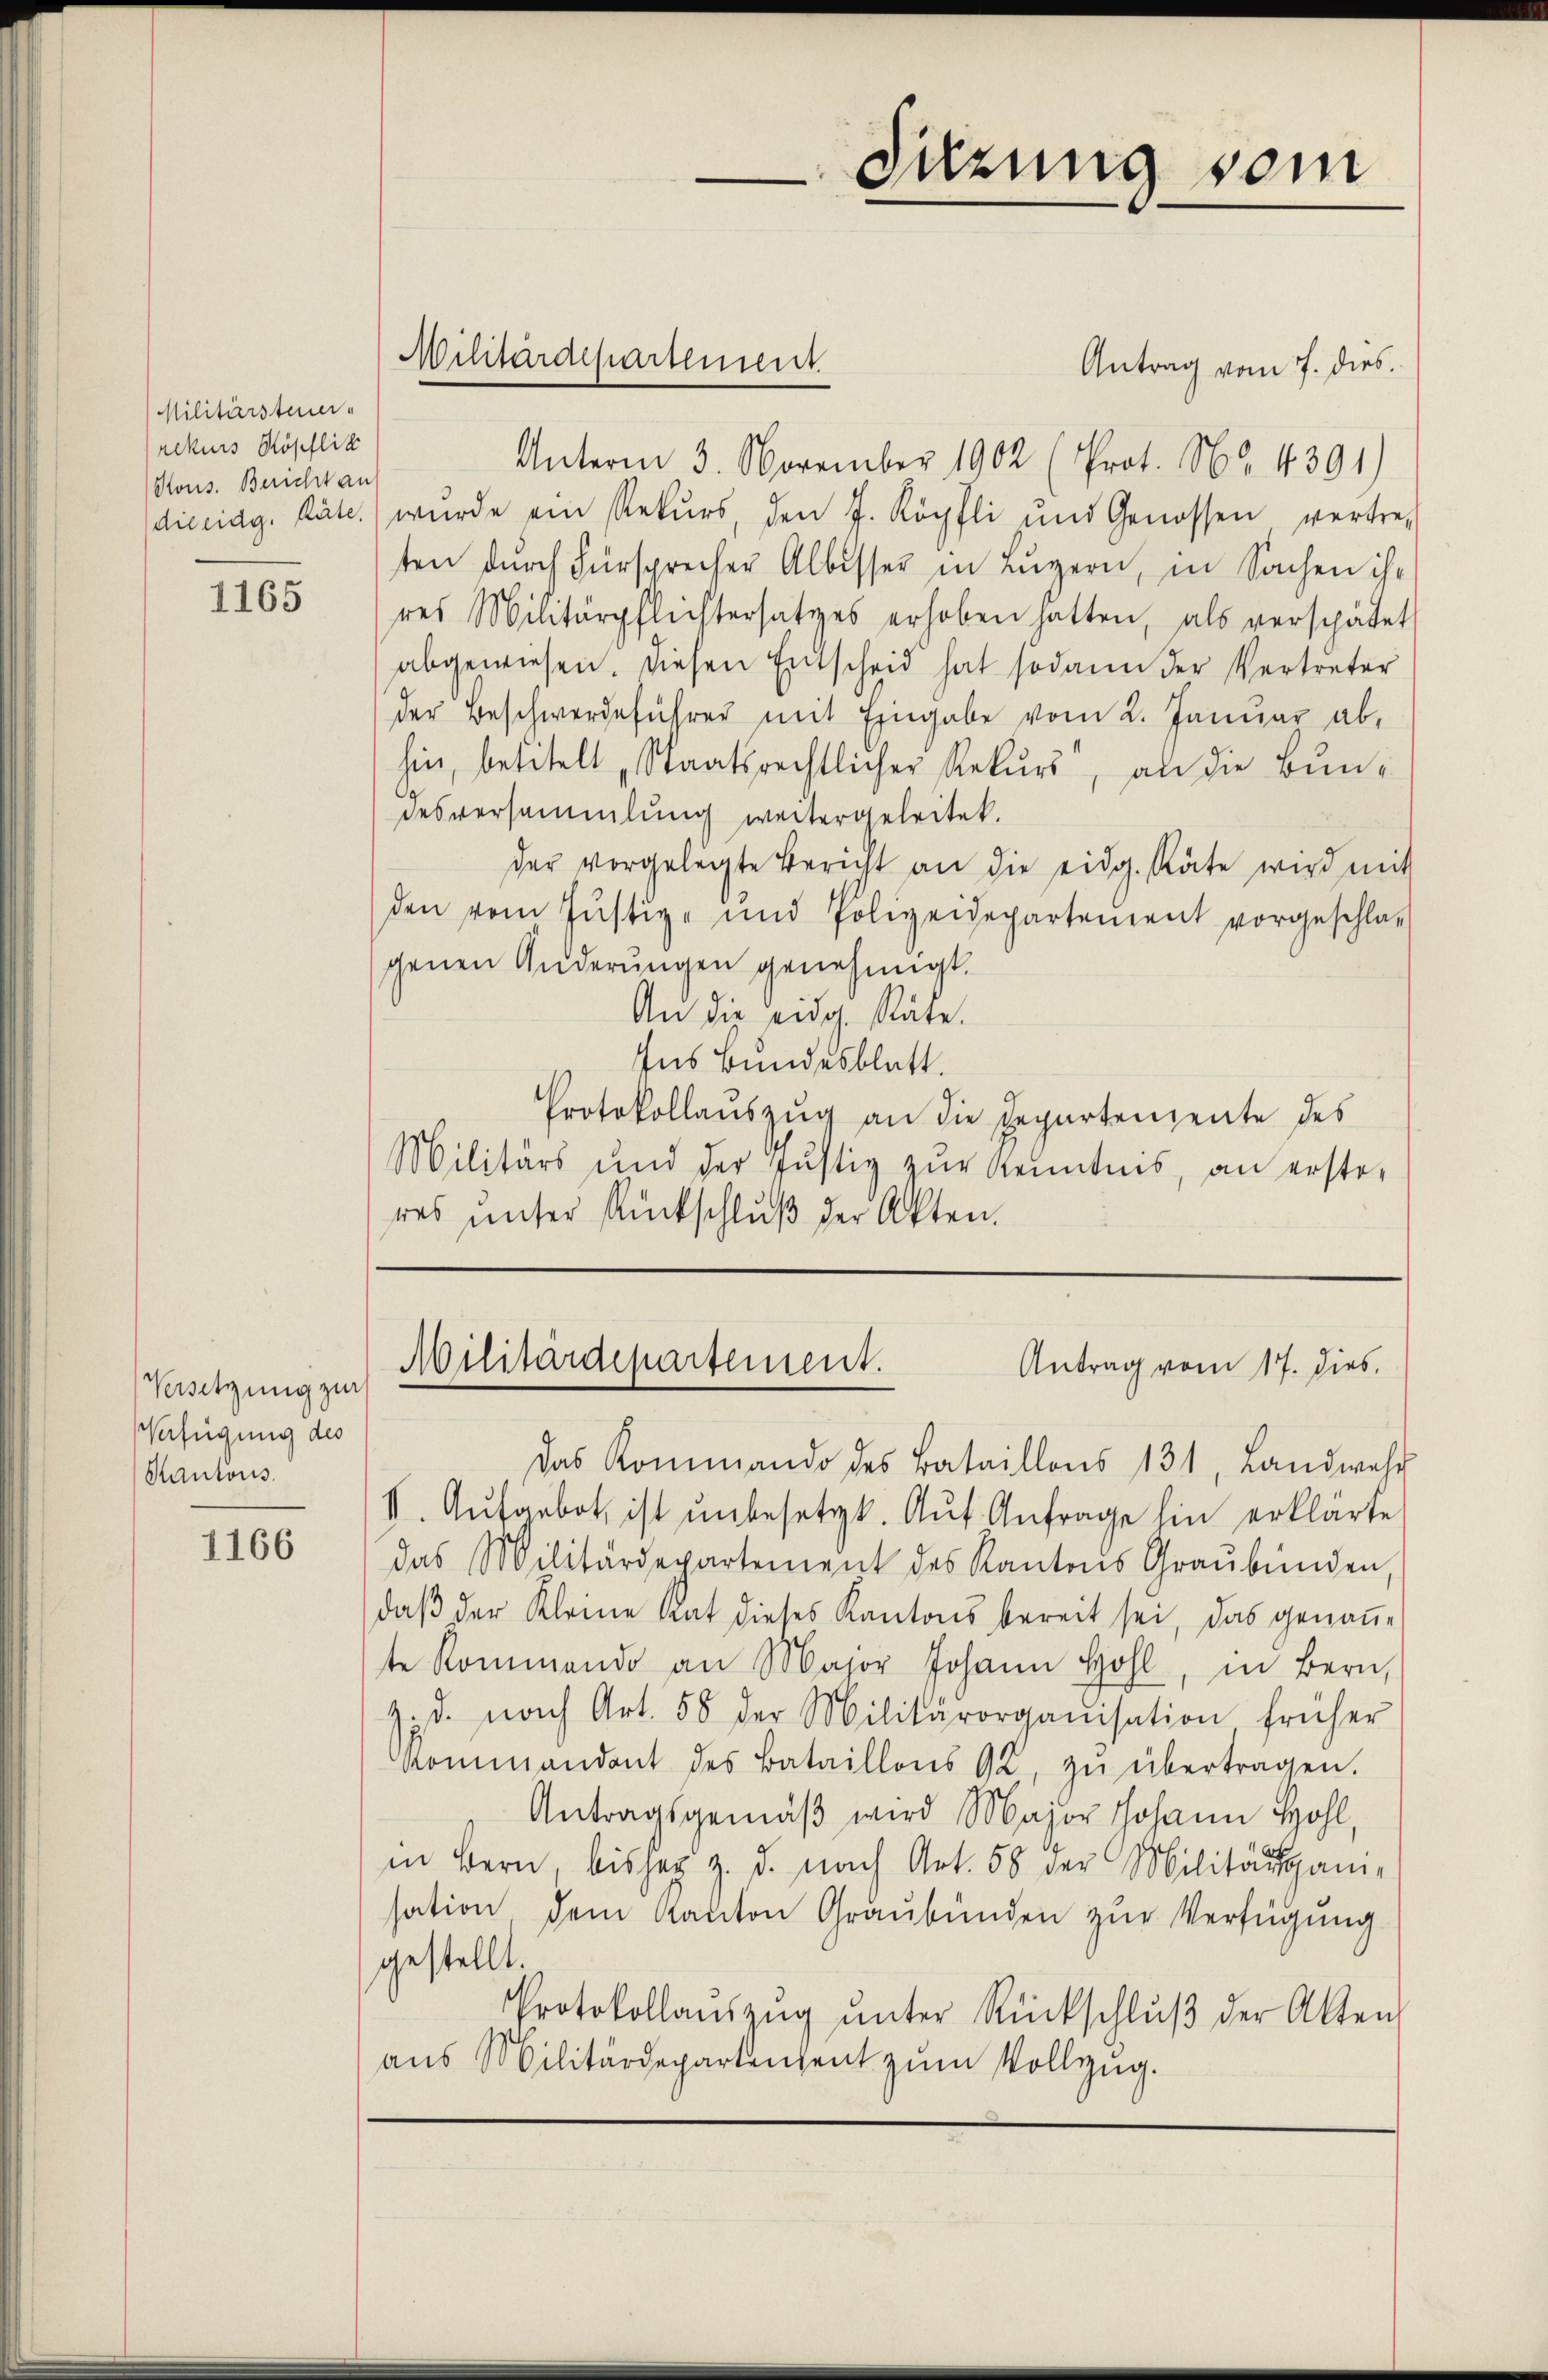
Militärsteuer-
rekurs Röpflick
Rous. Bericht an

1165

Versetzung zur
Verfügung des
Kantons

1166

Militärdepartement

Sitzung vom

Antrag vom 7. dies
Unterm 3. November 1902 (Prot. No. 4391)
diceidg. Räte.) wurde ein Rekŭrs, den J. Köpfli und Genossen vertre-
ten durch Fürsprecher Albisser in Lŭzern, in Sachen ihr
res Militärpflichtersatzes erhoben hatten, als verspätet
abgewiesen. Diesen Entscheid hat sodann der Vertreter
der Beschwerdeführer mit Eingabe vom 2. Januar ab,
hin, betitelt „Staatsrechtlicher Rekurs, an die Bundesversammlung weitergeleitet.
der vorgelegte Bericht an die eidg. Räte wird mit
den vom Justiz- und Polizeidepartement vorgeschla-
genen Änderungen genehmigt.
An die Eidg. Räte.
Ins Bundesblatt.
Protokollauszug an die Repartenzente des
Militärs und der Justiz zur Kenntnis, an ersteres unser Rückschlŭβ der Akten.

Militärdepartement.
Antrag vom 17. dies.

Das Kommando des Bataillons 131, Landwehr
V. Aŭfgebot ist ŭnbesetzt. Aŭf Anfrage hin erklärte
das Militärdepartement des Kantons Graubünden,
daβ der Kleine Rat dieses Kantons bereit sei, das genaṅ-
te Kommendo an Major Johann Hohl, in Bern,
z. d. nach Art. 58 der Militärorganisation früher
Kommandant des Bataillons 92. zŭ übertragen.
Antragsgemäβ wird Major Johann Hohl,
in Bern, bisher z. d. nach Art. 58 der Militärgani-
sation dem Kanton Graubünden zur Verfügung
gestellt.
Protokollaŭszŭg ŭnter Rückschlŭβ der Alten
aus Militärdepartenzent zum Vollzug.